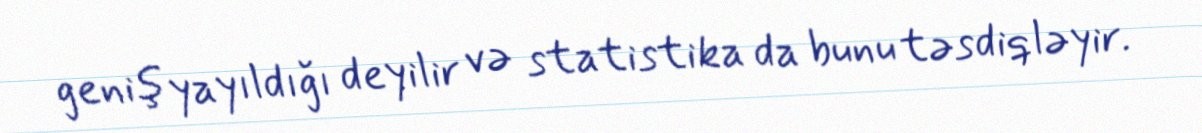
geniş yayıldığı deyilir və statistika da bunu təsdiqləyir.